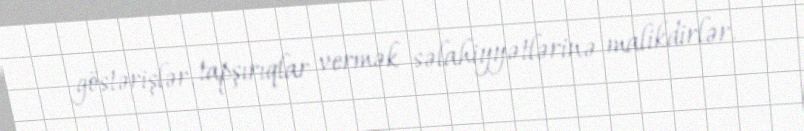
göstərişlər, tapşırıqlar vermək səlahiyyətlərinə malikdirlər.